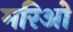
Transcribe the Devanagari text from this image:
मरिओ